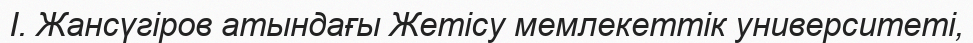
І. Жансүгіров атындағы Жетісу мемлекеттік университетi,